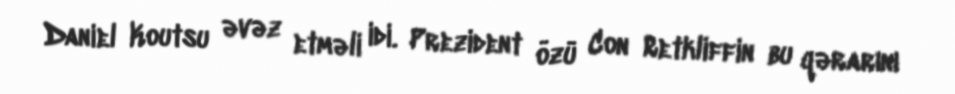
Daniel Koutsu əvəz etməli idi. Prezident özü Con Retkliffin bu qərarını